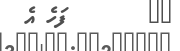
٣٩       ފަހެ އެ